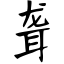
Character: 聋